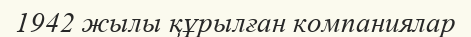
1942 жылы құрылған компаниялар